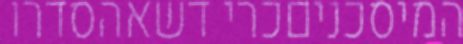
המיסכניםכרי דשאהסדרו